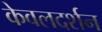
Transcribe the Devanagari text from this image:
केवलदर्शन